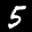
Label: 5